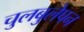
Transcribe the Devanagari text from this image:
चुलबुलेपन